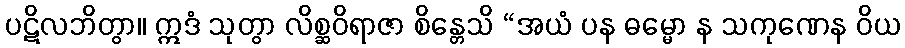
ပဋိလဘိတွာ။ ဣဒံ သုတွာ လိစ္ဆဝိရာဇာ စိန္တေသိ “အယံ ပန ဓမ္မော န သကုဏေန ဝိယ